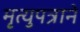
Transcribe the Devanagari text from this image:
मृत्युपत्राने